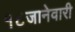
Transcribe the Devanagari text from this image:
१८जानेवारी